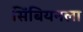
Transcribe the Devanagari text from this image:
सिंबियनला